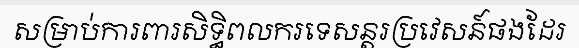
សម្រាប់ការពារសិទ្ធិពលករទេសន្តរប្រវេសន៍ផងដែរ